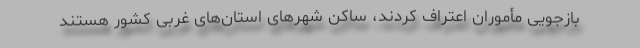
بازجویی مأموران اعتراف کردند، ساکن شهرهای استان‌های غربی کشور هستند